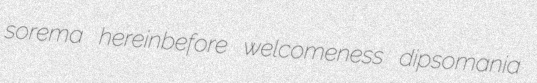
sorema hereinbefore welcomeness dipsomania